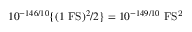
1 0 ^ { - 1 4 6 / 1 0 } \{ ( 1 ~ \mathrm { F S } ) ^ { 2 } / 2 \} = 1 0 ^ { - 1 4 9 / 1 0 } ~ \mathrm { F S ^ { 2 } }